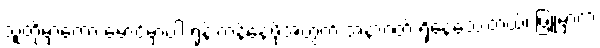
သူတို့မှာကော မောင့်မှာပါ ရုန်းကန်နေဖို့အတွက် အနာဂတ် ရှိနေသေးတယ်၊ ဖြူမှာက